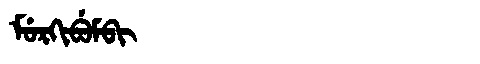
Manchu: ᠮᡠᡵᡴᡳᠪᡠᠮᠪᡳ
Romanization: MURKIBUMBI